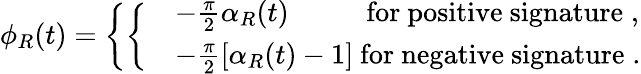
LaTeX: \phi_{R}(t)=\left\{ \left\{ \begin{array}{ll}{{}}&{{-\frac{\pi}{2}\alpha_{R}(t)\qquad\mathrm{~~~for~positive~signature}\; ,}}\\ {{}}&{{-\frac{\pi}{2}\left[\alpha_{R}(t)-1\right]\mathrm{~for~negative~signature}\; .}}\end{array}\right.\right.